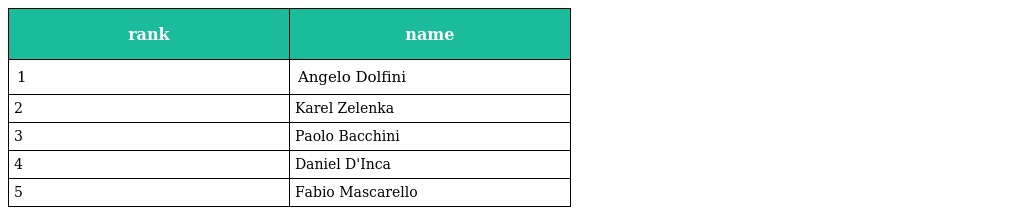
| rank | name |
 | --- | --- |
 | 1 | Angelo Dolfini |
 | 2 | Karel Zelenka |
 | 3 | Paolo Bacchini |
 | 4 | Daniel D'Inca |
 | 5 | Fabio Mascarello |